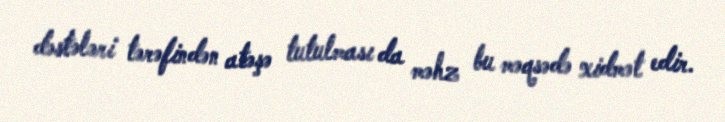
dəstələri tərəfindən atəşə tutulması da məhz bu məqsədə xidmət edir.